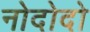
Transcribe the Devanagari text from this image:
नोदोदो